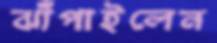
ঝাঁপাইলেন